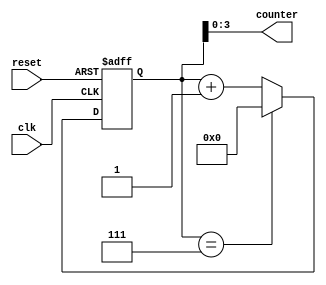
module generate_for_loop (
    input wire clk,
    input wire reset,
    output reg [3:0] counter
);

parameter NUM_ITERATIONS = 8;
reg [7:0] internal_counter;

always @(posedge clk or posedge reset) begin
    if (reset) begin
        internal_counter <= 8'h0;
    end else begin
        if (internal_counter == 8'h7) begin
            internal_counter <= 8'h0;
        end else begin
            internal_counter <= internal_counter + 8'h1;
        end
    end
end

always @* begin
    counter = internal_counter[3:0];
end

endmodule